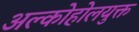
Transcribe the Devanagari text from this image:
अल्कोहोलयुक्त